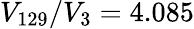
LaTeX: V_{129}/V_{3}=4.085